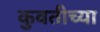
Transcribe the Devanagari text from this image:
कुवतीच्या